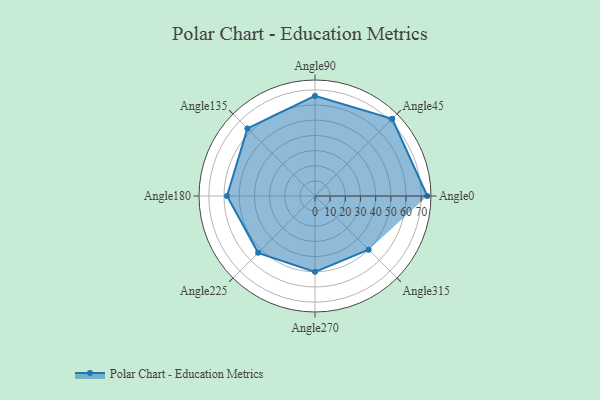
{"axis": {"x": "Angle", "y": "Radius"}, "legend": [""], "data": [{"x": "Angle0", "y": 74.0, "type": ""}, {"x": "Angle45", "y": 72.0, "type": ""}, {"x": "Angle90", "y": 66.0, "type": ""}, {"x": "Angle135", "y": 63.0, "type": ""}, {"x": "Angle180", "y": 58.0, "type": ""}, {"x": "Angle225", "y": 53.0, "type": ""}, {"x": "Angle270", "y": 50, "type": ""}, {"x": "Angle315", "y": 50, "type": ""}]}